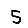
Digit: 5